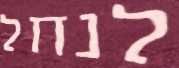
לנחל